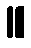
။